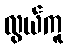
လွယ်ကူ